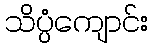
သိပ္ပံကျောင်း